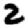
Digit: 2